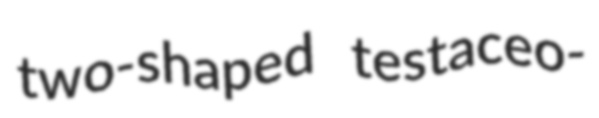
two-shaped testaceo-